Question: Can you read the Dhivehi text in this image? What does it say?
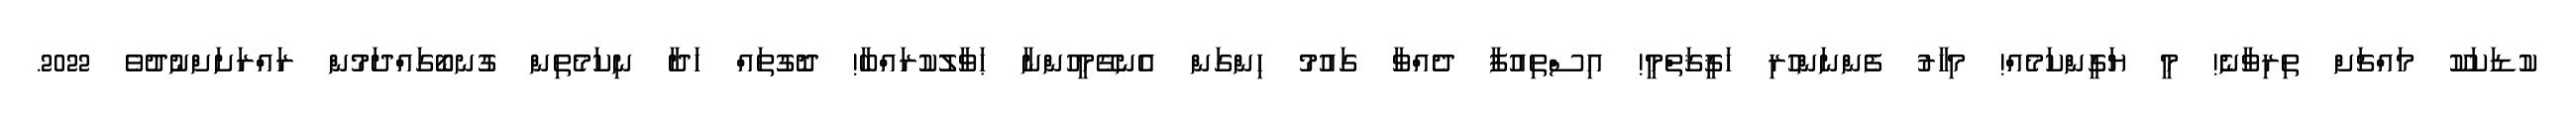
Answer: ކުޑަކަކޫ މައްޗަށް ތިރިވާނެ! މީ ޔަގީންކަމެއް! މިހާރު ފެންނަންހުރި ހަޤީޤަތްމީ! އިސްތިއުފާ ދެއްވާ ގައުމު ހިންގަން އެނގޭމީހުންނާ ޙަވާލުކުރައްބާ! ދޮގުތައް ހަދާ ނިކަމެތިން ގުނބޯގައްދަމުން ރައްރަށަށްނުދުވެ 2022.